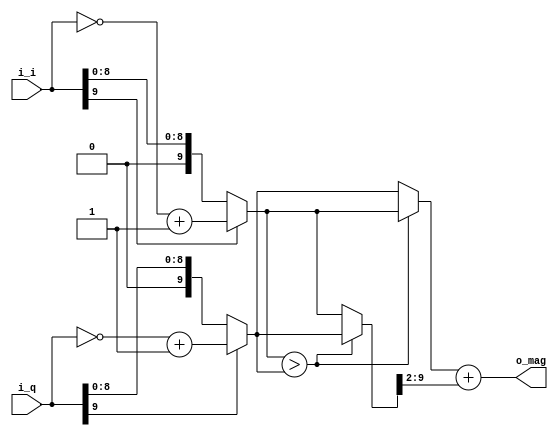
// http://dspguru.com/dsp/tricks/magnitude-estimator
// alpha = 1, beta = 1/4
// avg err 0.006

module cmplx_to_mag(i_i, i_q, o_mag);

    parameter WIDTH=10;
    
    input signed [WIDTH-1:0] i_i;
    input signed [WIDTH-1:0] i_q;
    output [WIDTH-1:0] o_mag;
    
    wire [WIDTH-1:0] w_abs_i;
    wire [WIDTH-1:0] w_abs_q;
    wire [WIDTH-1:0] w_max;
    wire [WIDTH-1:0] w_min;        

    
    // We adjust the width of 1 beased on the parameter WIDTH.
    // e.g. if WIDTH=10 it will be 0000000001 
    assign w_abs_i = i_i[WIDTH-1]? (~i_i + {{(WIDTH-1){1'b0}}, 1'b1}): i_i;
    assign w_abs_q = i_q[WIDTH-1]? (~i_q + {{(WIDTH-1){1'b0}}, 1'b1}): i_q;

    assign w_max = w_abs_i > w_abs_q? w_abs_i: w_abs_q;
    assign w_min = w_abs_i > w_abs_q? w_abs_q: w_abs_i;
    
    assign o_mag = w_max + (w_min >> 2);

endmodule